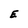
Character: E